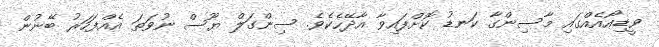
ވީޑިއޯއެއްގައި މާސިންގާ ކަނޑު ކޮށްފައިވާ އާދޭހެކެވެ. ސިންގަލް ޔޫސް ނުވަތަ އެއްފަހަރު ބޭނުން